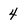
Character: 4